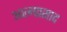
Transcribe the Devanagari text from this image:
आत्मप्रसाद